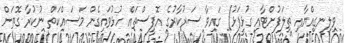
ވިލިނގިއްޔާއި ތިލަފުށްޓާއި ގުޅީފަޅު) ގައިވާ ސަރުކާރުގެ އޮފީސްތައް ހުޅުވައިގެން މަސައްކަތް ނުކުރާ ގޮތަށް